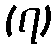
(၇)